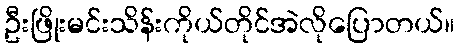
ဦးဖြိုးမင်းသိန်းကိုယ်တိုင်အဲလိုပြောတယ်။